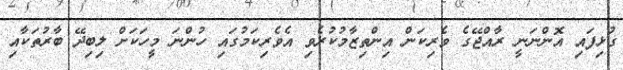
ގުޅިފައި އޮންނަނީ ރާއްޖޭގެ ވެރިކަން އިންތިޒާމުކުރެވި އެވެރިކަމުގައި ހުންނަ މީހަކަށް ލިބިދޭ ބާރުތަކާއި